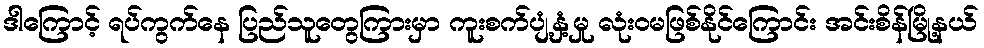
ဒါကြောင့် ရပ်ကွက်နေ ပြည်သူတွေကြားမှာ ကူးစက်ပျံ့နှံ့မှု လုံးဝမဖြစ်နိုင်ကြောင်း အင်းစိန်မြို့နယ်